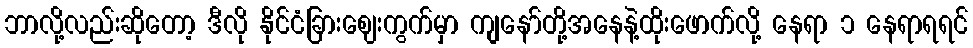
ဘာလို့လည်းဆိုတော့ ဒီလို နိုင်ငံခြားဈေးကွက်မှာ ကျနော်တို့အနေနဲ့ထိုးဖောက်လို့ နေရာ ၁ နေရာရရင်